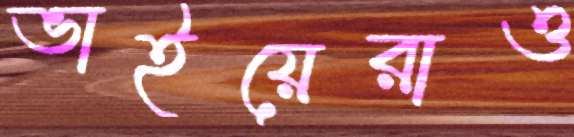
ভাইয়েরাও